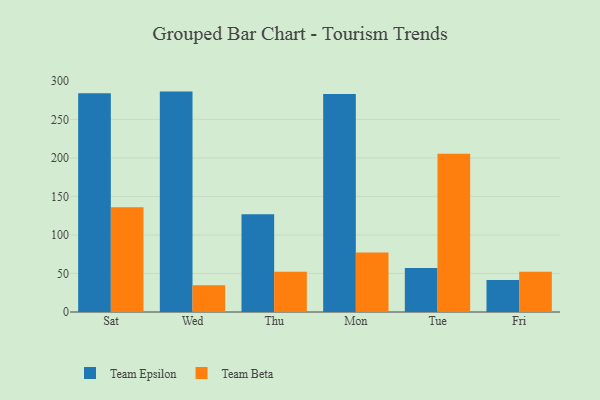
{"axis": {"x": "Day", "y": "Satisfaction Score"}, "legend": ["Team Beta", "Team Epsilon"], "data": [{"x": "Sat", "y": 283.8, "type": "Team Epsilon"}, {"x": "Sat", "y": 135.9, "type": "Team Beta"}, {"x": "Wed", "y": 286.1, "type": "Team Epsilon"}, {"x": "Wed", "y": 34.8, "type": "Team Beta"}, {"x": "Thu", "y": 127.0, "type": "Team Epsilon"}, {"x": "Thu", "y": 52.1, "type": "Team Beta"}, {"x": "Mon", "y": 282.9, "type": "Team Epsilon"}, {"x": "Mon", "y": 77.3, "type": "Team Beta"}, {"x": "Tue", "y": 57.0, "type": "Team Epsilon"}, {"x": "Tue", "y": 205.5, "type": "Team Beta"}, {"x": "Fri", "y": 41.7, "type": "Team Epsilon"}, {"x": "Fri", "y": 52.2, "type": "Team Beta"}]}